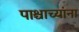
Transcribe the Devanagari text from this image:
पाश्चाच्यांना